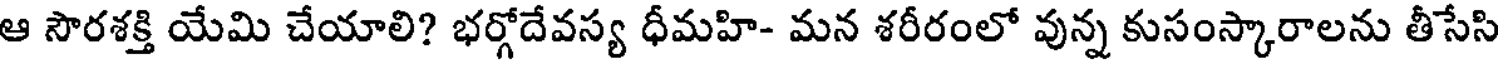
ఆ సౌరశక్తి యేమి చేయాలి? భర్గోదేవస్య ధీమహి- మన శరీరంలో వున్న కుసంస్కారాలను తీసేసి